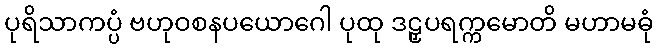
ပုရိသာကပ္ပံ ဗဟုဝစနပယောဂေါ ပုထု ဒဠှပရက္ကမောတိ မဟာမဓုံ